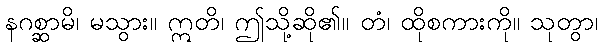
နဂစ္ဆာမိ၊ မသွား။ ဣတိ၊ ဤသို့ဆို၏။ တံ၊ ထိုစကားကို။ သုတွာ၊